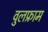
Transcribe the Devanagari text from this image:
वुलफ्राम